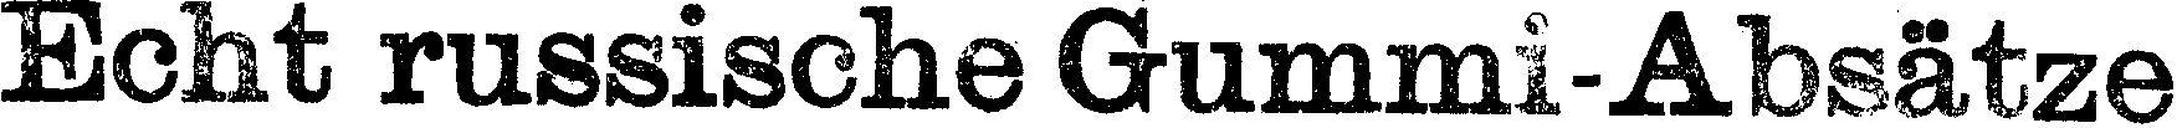
Echt russische Gummi-Absätze